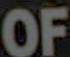
OF